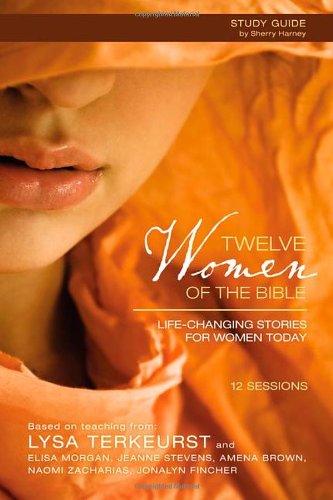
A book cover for Twelve Women of the Bible Study Guide: Life-Changing Stories for Women Today; Lysa TerKeurst; Christian Books & Bibles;